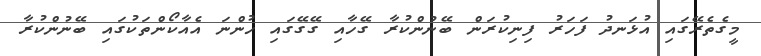
މީގެތެރޭގައި އުޅަނދު ފަހަރު ފިނިކުރަން ބޭނުންކުރާ ގޭހާއި ގޭގޭގައި ހުންނަ އެއާކޯންތަކުގައި ބޭނުންކުރާ